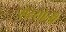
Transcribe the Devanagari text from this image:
रॉस्सोली